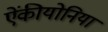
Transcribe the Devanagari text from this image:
ऐंकीयोनिया